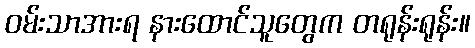
ဝမ်းသာအားရ နားထောင်သူတွေက တရုန်းရုန်း။